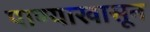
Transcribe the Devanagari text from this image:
पाण्याखासून